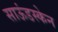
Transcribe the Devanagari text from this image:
साऊंडस्केन